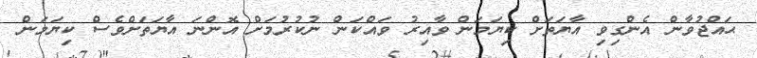
ޙައްޖުވާން އެންގިވި އާޔަތަށް ކިޔަމަން ވާއިރު ވައްކަން ނުކުރުމަށް އޮންނަ އާޔަތަށްވެސް ކިޔަމަން